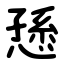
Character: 愻